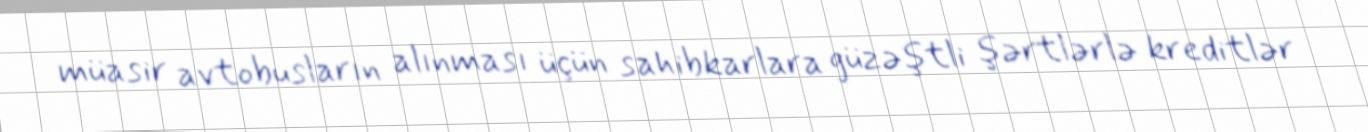
müasir avtobusların alınması üçün sahibkarlara güzəştli şərtlərlə kreditlər